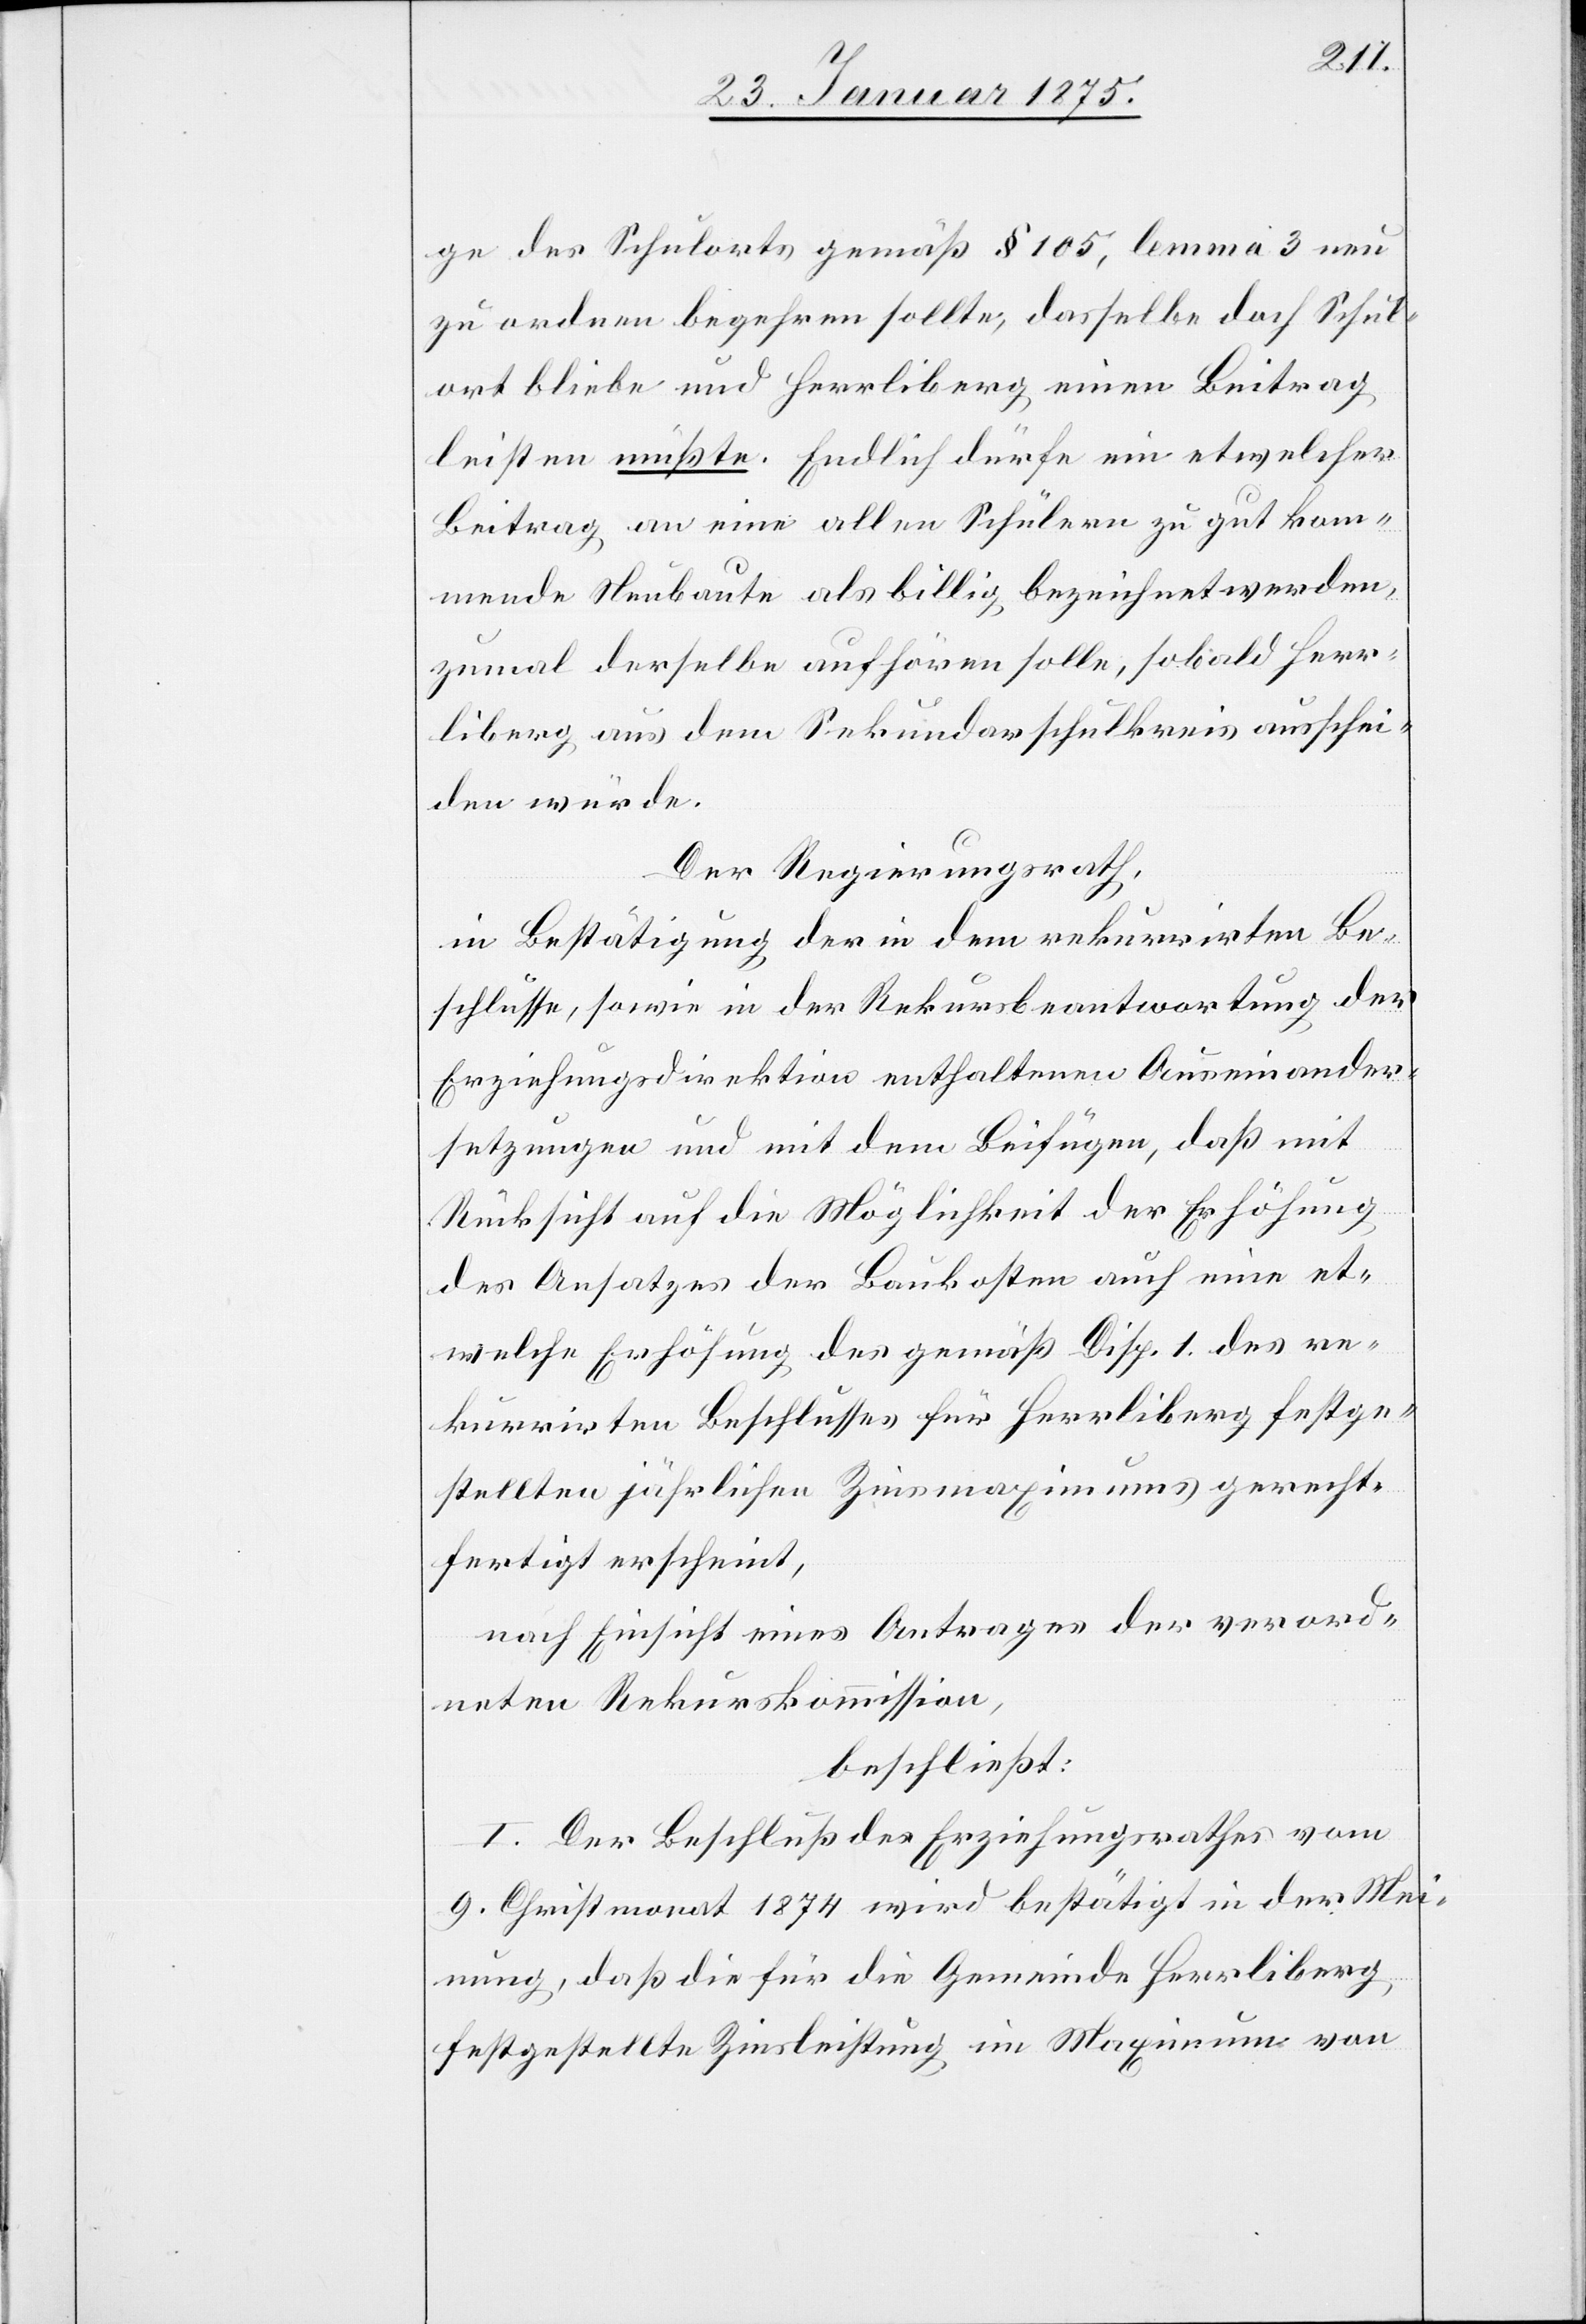
ge des Schulorts gemäß § 105, lemma 3 neu
zu ordnen begehren sollte, dasselbe doch Schul¬
ort bliebe und Herrliberg einen Beitrag
leisten müßte. Endlich dürfe ein etwelcher
Beitrag an eine allen Schülern zu gut kom¬
mende Neubaute als billig bezeichnet werden,
zumal derselbe aufhören solle, sobald Herr¬
liberg aus dem Sekundarschulkreis ausschei¬
den würde.
Der Regierungsrath,
in Bestätigung der in dem rekurrirten Be¬
schlusse, sowie in der Rekursbeantwortung der
Erziehungsdirektion enthaltenen Auseinander¬
setzungen und mit dem Beifügen, daß mit
Rücksicht auf die Möglichkeit der Erhöhung
des Ansatzes der Baukosten auch eine et¬
welche Erhöhung der gemäß Disp. 1 des re¬
kurrirten Beschlusses für Herrliberg festge¬
stellten jährlichen Zinsmaximums gerecht¬
fertigt erscheint,
nach Einsicht eines Antrages der verord¬
neten Rekurskommission,
beschließt:
I. Der Beschluß des Erziehungsrathes vom
9. Christmonat 1874 wird bestätigt in der Mei¬
nung, daß die für die Gemeinde Herrliberg
festgestellte Zinsleistung im Maximum von